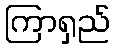
ကြာရှည်